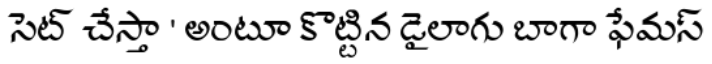
సెట్ చేస్తా ' అంటూ కొట్టిన డైలాగు బాగా ఫేమస్